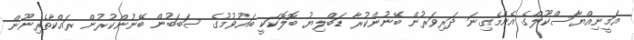
އަމީނިއްޔާސްކޫލްގެ އެންމެގިނަ ދަރިވަރުން ބޭނުންކުރާ ޑަބްލިޔު ބޮލޮކަކީ ބައުވުމުގެ ސަބަބުން ބޭނުންކުރުން ރައްކާތެރިނޫން